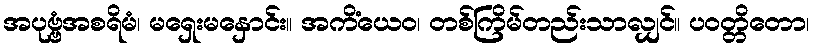
အပုဗ္ဗံအစရိမံ၊ မရှေးမနှောင်း။ အကိံယေဝ၊ တစ်ကြိမ်တည်းသာလျှင်။ ပဝတ္တိတော၊